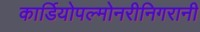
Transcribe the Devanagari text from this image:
कार्डियोपल्मोनरीनिगरानी